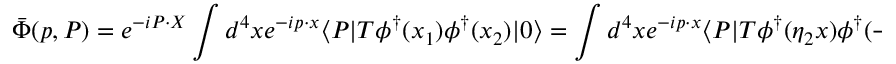
\bar { \Phi } ( p , P ) = e ^ { - i P \cdot X } \int d ^ { 4 } x e ^ { - i p \cdot x } \langle P | T \phi ^ { \dagger } ( x _ { 1 } ) \phi ^ { \dagger } ( x _ { 2 } ) | 0 \rangle = \int d ^ { 4 } x e ^ { - i p \cdot x } \langle P | T \phi ^ { \dagger } ( \eta _ { 2 } x ) \phi ^ { \dagger } ( - \eta _ { 1 } x ) | 0 \rangle \; .